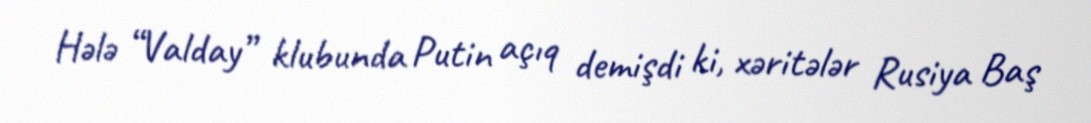
Hələ “Valday” klubunda Putin açıq demişdi ki, xəritələr Rusiya Baş